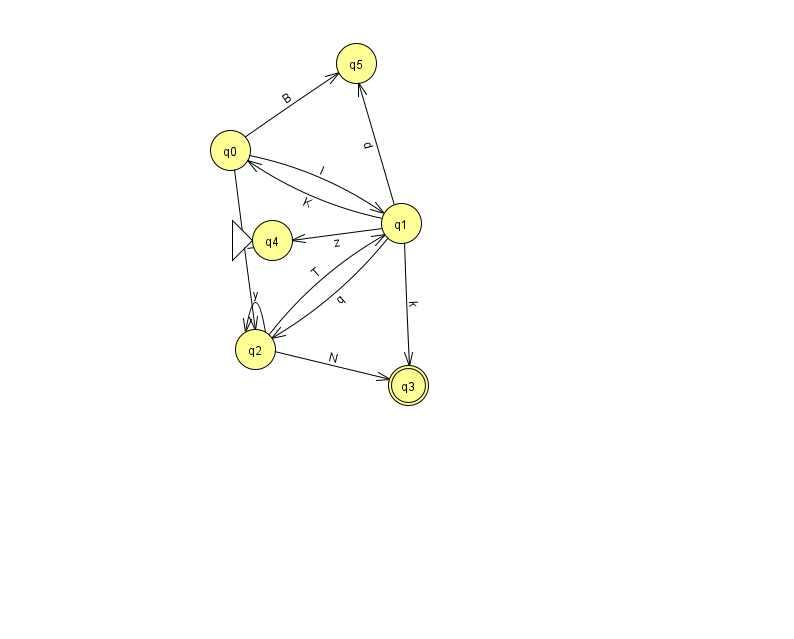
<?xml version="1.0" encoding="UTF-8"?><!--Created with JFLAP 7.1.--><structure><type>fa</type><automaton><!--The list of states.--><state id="0" name="q0"><x>230.0</x><y>137.0</y></state><state id="1" name="q1"><x>401.0</x><y>210.0</y></state><state id="2" name="q2"><x>255.0</x><y>336.0</y></state><state id="3" name="q3"><x>408.0</x><y>372.0</y><final/></state><state id="4" name="q4"><x>272.0</x><y>227.0</y><initial/></state><state id="5" name="q5"><x>356.0</x><y>50.0</y></state><!--The list of transitions.--><transition><from>2</from><to>1</to><read>T</read></transition><transition><from>0</from><to>5</to><read>B</read></transition><transition><from>1</from><to>0</to><read>K</read></transition><transition><from>0</from><to>1</to><read>I</read></transition><transition><from>1</from><to>4</to><read>z</read></transition><transition><from>1</from><to>2</to><read>q</read></transition><transition><from>2</from><to>2</to><read>y</read></transition><transition><from>1</from><to>5</to><read>d</read></transition><transition><from>0</from><to>2</to><read>T</read></transition><transition><from>1</from><to>3</to><read>k</read></transition><transition><from>2</from><to>3</to><read>N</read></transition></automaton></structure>